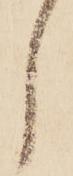
し